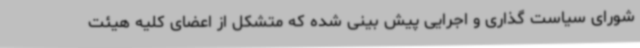
شورای سیاست گذاری و اجرایی پیش بینی شده که متشکل از اعضای کلیه هیئت